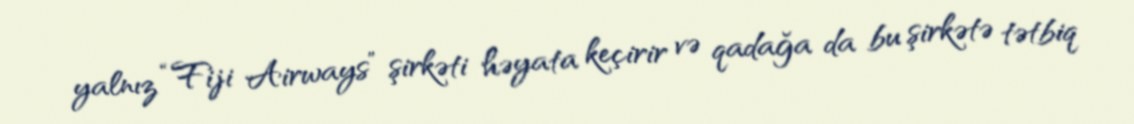
yalnız “Fiji Airways” şirkəti həyata keçirir və qadağa da bu şirkətə tətbiq